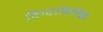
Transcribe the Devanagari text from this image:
दिग्दर्शकांपैकी